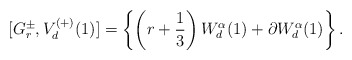
\begin{align*}[G^\pm_r,V^{(+)}_d(1)]=\left\{\left(r+{1\over3}\right)W^\alpha_d(1)+\partial W^\alpha_d(1)\right\}.\end{align*}